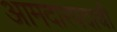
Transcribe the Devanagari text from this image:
आमदारपदाची